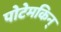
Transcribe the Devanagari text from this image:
पोटेमकिन्